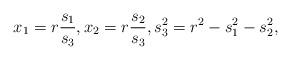
LaTeX: \begin{align*}x_1=r\frac{s_1}{s_3},x_2=r\frac{s_2}{s_3},s_3^2=r^2-s_1^2-s_2^2,\end{align*}